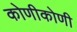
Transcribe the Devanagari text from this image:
कोणीकोणी